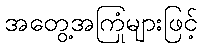
အတွေ့အကြုံများဖြင့်